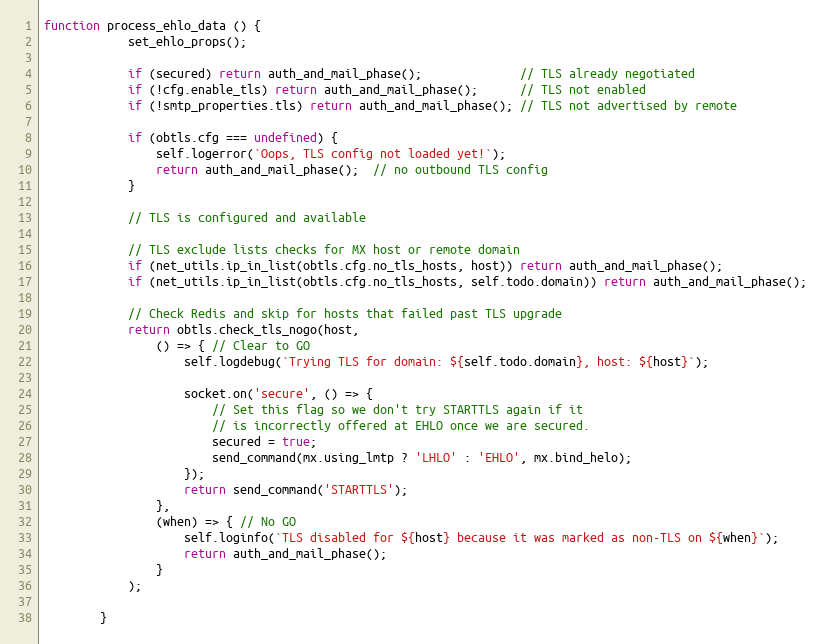
Language: JavaScript
function process_ehlo_data () {
            set_ehlo_props();

            if (secured) return auth_and_mail_phase();              // TLS already negotiated
            if (!cfg.enable_tls) return auth_and_mail_phase();      // TLS not enabled
            if (!smtp_properties.tls) return auth_and_mail_phase(); // TLS not advertised by remote

            if (obtls.cfg === undefined) {
                self.logerror(`Oops, TLS config not loaded yet!`);
                return auth_and_mail_phase();  // no outbound TLS config
            }

            // TLS is configured and available

            // TLS exclude lists checks for MX host or remote domain
            if (net_utils.ip_in_list(obtls.cfg.no_tls_hosts, host)) return auth_and_mail_phase();
            if (net_utils.ip_in_list(obtls.cfg.no_tls_hosts, self.todo.domain)) return auth_and_mail_phase();

            // Check Redis and skip for hosts that failed past TLS upgrade
            return obtls.check_tls_nogo(host,
                () => { // Clear to GO
                    self.logdebug(`Trying TLS for domain: ${self.todo.domain}, host: ${host}`);

                    socket.on('secure', () => {
                        // Set this flag so we don't try STARTTLS again if it
                        // is incorrectly offered at EHLO once we are secured.
                        secured = true;
                        send_command(mx.using_lmtp ? 'LHLO' : 'EHLO', mx.bind_helo);
                    });
                    return send_command('STARTTLS');
                },
                (when) => { // No GO
                    self.loginfo(`TLS disabled for ${host} because it was marked as non-TLS on ${when}`);
                    return auth_and_mail_phase();
                }
            );

        }